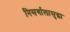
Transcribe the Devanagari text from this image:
निसर्गालासुद्धा